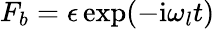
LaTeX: F_{b}=\epsilon\exp(-\mathrm{i}\omega_{l}t)